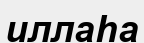
иллаһа